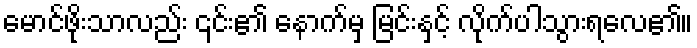
မောင်ဖိုးသာလည်း ၎င်း၏ နောက်မှ မြင်းနှင့် လိုက်ပါသွားရလေ၏။